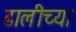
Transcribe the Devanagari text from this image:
ढालीच्या